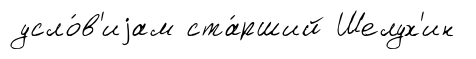
усло́в'иjам ста́рший Шелух'ин